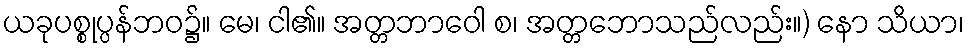
ယခုပစ္စုပ္ပန်ဘဝ၌။ မေ၊ ငါ၏။ အတ္တဘာဝေါ စ၊ အတ္တဘောသည်လည်း။) နော သိယာ၊